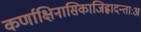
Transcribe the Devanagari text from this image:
कर्णाक्षिनासिकाजिह्लादन्ताःअ